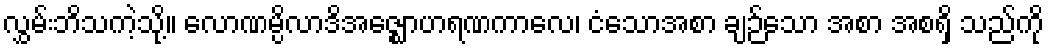
လွှမ်းဘိသကဲ့သို့။ လောဏမ္ပိလာဒိအဇ္ဈောဟရဏကာလေ၊ ငံသောအစာ ချဉ်သော အစာ အစရှိ သည်ကို